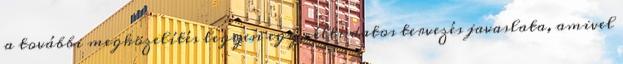
a további megközelítés legyen egy céltudatos tervezés javaslata, amivel